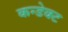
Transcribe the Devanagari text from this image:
कन्डेक्ट